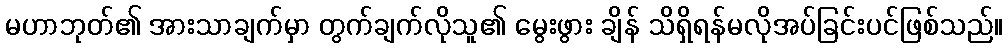
မဟာဘုတ်၏ အားသာချက်မှာ တွက်ချက်လိုသူ၏ မွေးဖွား ချိန် သိရှိရန်မလိုအပ်ခြင်းပင်ဖြစ်သည်။